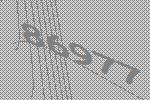
86977